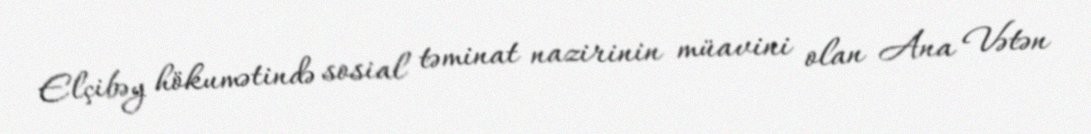
Elçibəy hökumətində sosial təminat nazirinin müavini olan Ana Vətən